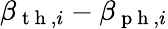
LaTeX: \beta_{\mathrm{~t~h~},i}-\beta_{\mathrm{~p~h~},i}